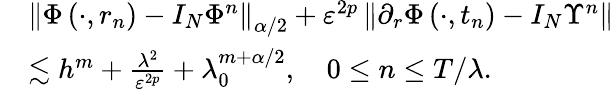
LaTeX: \begin{array}{rl}&{\left\| \Phi\left(\cdot,r_{n}\right)-I_{N}\Phi^{n}\right\| _{\alpha/2}+\varepsilon^{2p}\left\| \partial_{r}\Phi\left(\cdot,t_{n}\right)-I_{N}\Upsilon^{n}\right\| }\\ &{\lesssim h^{m}+\frac{\lambda^{2}}{\varepsilon^{2p}}+\lambda_{0}^{m+\alpha/2},\quad 0\leq n\leq T/{\lambda}.}\end{array}